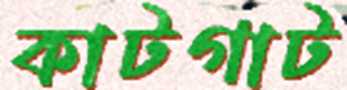
কাটগাট